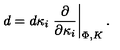
d = d \kappa _ { i } \left. { \frac { \partial } { \partial \kappa _ { i } } } \right| _ { \Phi , K } .